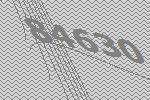
84630